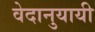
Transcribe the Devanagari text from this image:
वेदानुयायी